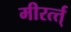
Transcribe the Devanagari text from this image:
मीरर्त्त्